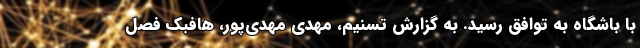
با باشگاه به توافق رسید. به گزارش تسنیم، مهدی مهدی‌پور، هافبک فصل